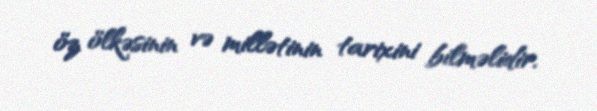
öz ölkəsinin və millətinin tarixini bilməlidir.